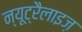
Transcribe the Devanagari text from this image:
न्यूट्रैलाइज़